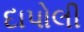
દાપોલી